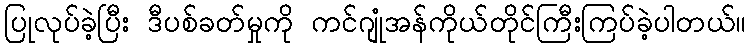
ပြုလုပ်ခဲ့ပြီး ဒီပစ်ခတ်မှုကို ကင်ဂျုံအန်ကိုယ်တိုင်ကြီးကြပ်ခဲ့ပါတယ်။